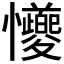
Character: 𪭆